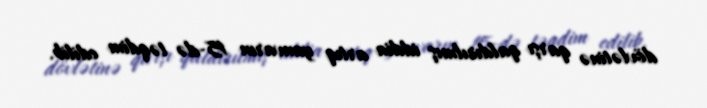
dövlətinə qarşı qaldırılmış iddia artıq yanvarın 15-də təqdim edilib.